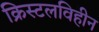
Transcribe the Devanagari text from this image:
क्रिस्टलविहीन